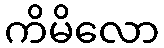
ကိမိလော